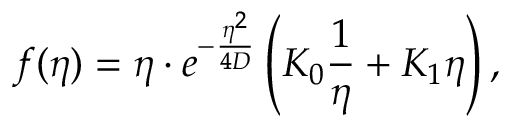
f ( \eta ) = \eta \cdot e ^ { - \frac { \eta ^ { 2 } } { 4 D } } \left( K _ { 0 } \frac { 1 } { \eta } + K _ { 1 } \eta \right) ,